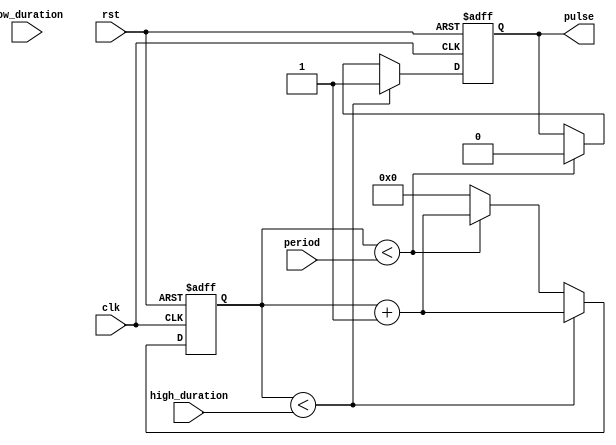
module DutyCyclePulseGenerator(
  input rst,
  input clk,
  input [7:0] high_duration,
  input [7:0] low_duration,
  input [7:0] period,
  output reg pulse
);

reg [7:0] count;
reg pulse_state;

always @(posedge clk or posedge rst) begin
  if (rst) begin
    count <= 0;
    pulse_state <= 0;
    pulse <= 0;
  end
  else if (count < high_duration) begin
    pulse_state <= 1;
    pulse <= 1;
    count <= count + 1;
  end
  else if (count < period) begin
    pulse_state <= 0;
    pulse <= 0;
    count <= count + 1;
  end
  else begin
    count <= 0;
  end
end

endmodule